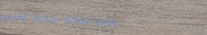
مركز للياقة البدنية والاس